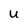
Character: U